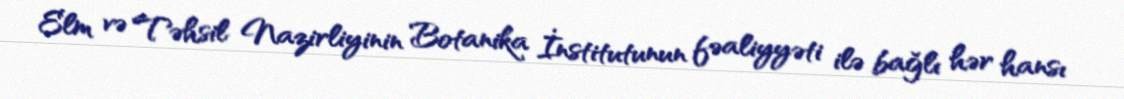
Elm və Təhsil Nazirliyinin Botanika İnstitutunun fəaliyyəti ilə bağlı hər hansı